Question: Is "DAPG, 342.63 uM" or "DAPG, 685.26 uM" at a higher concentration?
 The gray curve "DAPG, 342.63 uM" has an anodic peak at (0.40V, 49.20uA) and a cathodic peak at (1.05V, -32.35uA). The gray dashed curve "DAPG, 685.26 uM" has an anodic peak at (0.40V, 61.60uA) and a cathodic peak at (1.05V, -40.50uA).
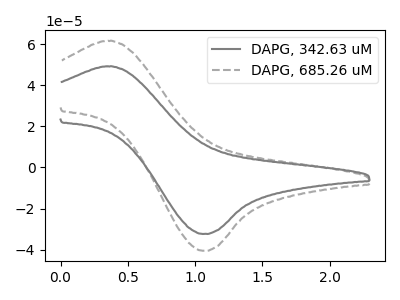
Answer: <think>All the peaks in "DAPG, 342.63 uM" have a peak in "DAPG, 685.26 uM" at the same potential. Every peak in "DAPG, 342.63 uM" is lower than every peak in "DAPG, 685.26 uM".
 </think>
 <answer>"DAPG, 342.63 uM" has less signal than "DAPG, 685.26 uM" and so likely has a lower concentration.</answer>
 <eval>less_concentration</eval>